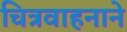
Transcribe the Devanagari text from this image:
चित्रवाहनाने